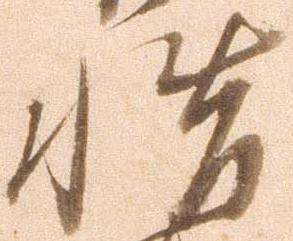
惜